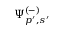
\Psi _ { p ^ { \prime } , s ^ { \prime } } ^ { ( - ) }